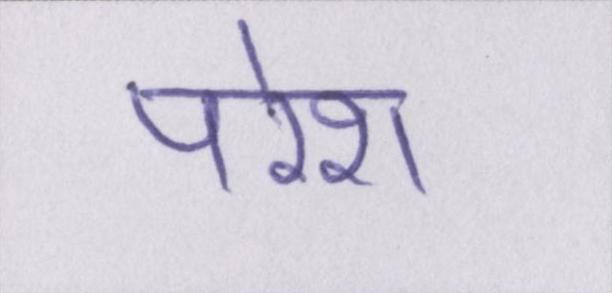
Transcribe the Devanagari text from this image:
परेश